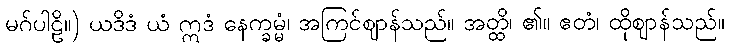
မဂ်ပါဠိ။) ယဒိဒံ ယံ ဣဒံ နေက္ခမ္မံ၊ အကြင်ဈာန်သည်။ အတ္ထိ၊ ၏။ ဧတံ၊ ထိုဈာန်သည်။